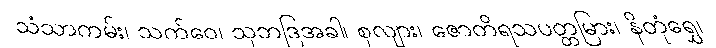
သံသာကမ်း၊ သက်ဝေ၊ သုဘဒြအခါ၊ စုလျား၊ ဇောတိရသပတ္တမြား၊ နိတုံရွှေ၊